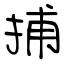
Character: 捕